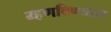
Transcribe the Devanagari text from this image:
म्हणविण्यास